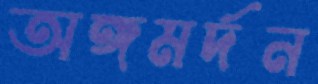
অঙ্গমর্দন